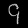
Digit: ၄